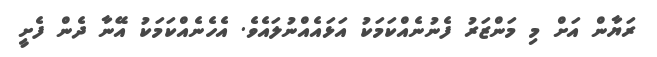
ރަޔާން އަށް މި މަންޒަރު ފެނުނެއްކަމަކު އަޅައެއްނުލައެވެ. އެހެނެއްކަމަކު އޭނާ ދެން ފެށީ